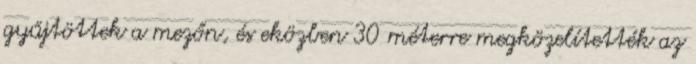
gyűjtöttek a mezőn, és eközben 30 méterre megközelítették az